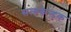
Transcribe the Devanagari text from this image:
सत्यकेन्द्रक